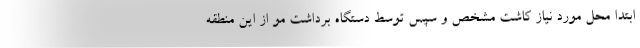
ابتدا محل مورد نیاز کاشت مشخص و سپس توسط دستگاه برداشت مو از این منطقه